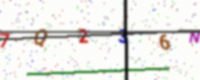
Text: 7Q236NS